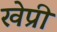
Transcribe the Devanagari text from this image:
खेप्री